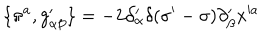
\{ \pi ^ { a } , g _ { \alpha \beta } ^ { \prime } \} = - 2 \partial _ { \alpha } ^ { \prime } \delta ( \sigma ^ { \prime } - \sigma ) \partial _ { \beta } ^ { \prime } x ^ { \prime a }